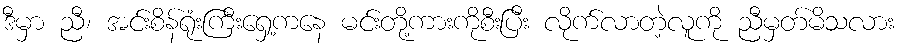
ဒီမှာ ညီ၊ အင်းစိန်ရုံးကြီးရှေ့ကနေ မင်းတို့ကားကိုစီးပြီး လိုက်လာတဲ့လူကို ညီမှတ်မိသလား